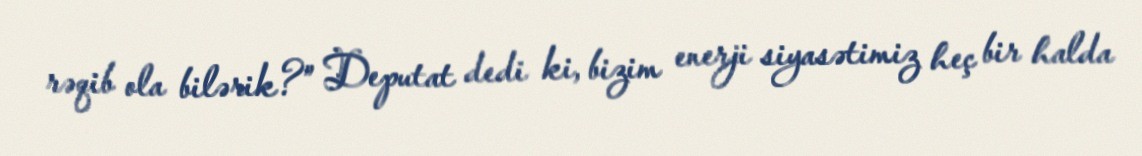
rəqib ola bilərik?” Deputat dedi ki, bizim enerji siyasətimiz heç bir halda